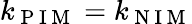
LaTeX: k_{\mathrm{~P~I~M~}}=k_{\mathrm{~N~I~M~}}